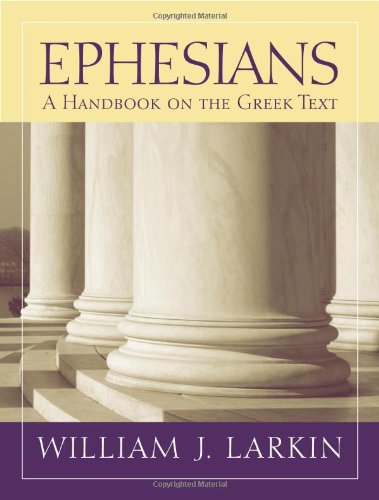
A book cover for Ephesians: A Handbook on the Greek Text (Baylor Handbook of the Greek New Testament); William Larkin; Christian Books & Bibles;